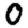
Digit: 0